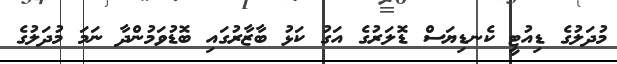
މުދަލުގެ ޑިއުޓީ ކެނޑިޔަސް ޑޮލަރުގެ އަގު ކަޅު ބާޒާރުގައި ބޮޑުވަމުންދާ ނަމަ މުދަލުގެ